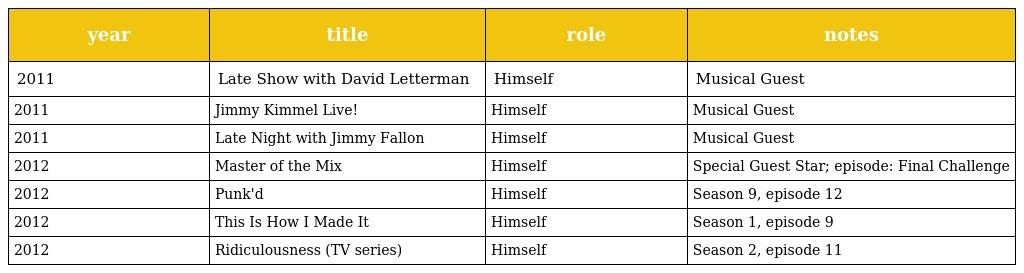
| year | title | role | notes |
 | --- | --- | --- | --- |
 | 2011 | Late Show with David Letterman | Himself | Musical Guest |
 | 2011 | Jimmy Kimmel Live! | Himself | Musical Guest |
 | 2011 | Late Night with Jimmy Fallon | Himself | Musical Guest |
 | 2012 | Master of the Mix | Himself | Special Guest Star; episode: Final Challenge |
 | 2012 | Punk'd | Himself | Season 9, episode 12 |
 | 2012 | This Is How I Made It | Himself | Season 1, episode 9 |
 | 2012 | Ridiculousness (TV series) | Himself | Season 2, episode 11 |